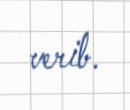
verib.